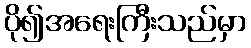
ပို၍အရေးကြီးသည်မှာ